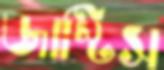
জাস্টিস